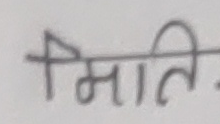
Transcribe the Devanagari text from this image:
मिति